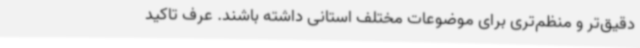
دقیق‌تر و منظم‌تری برای موضوعات مختلف استانی داشته باشند. عرف تاکید